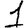
Digit: 1